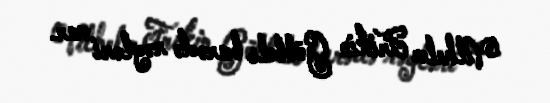
Vilhelm Frikin Göbbels barədə rəyləri var.